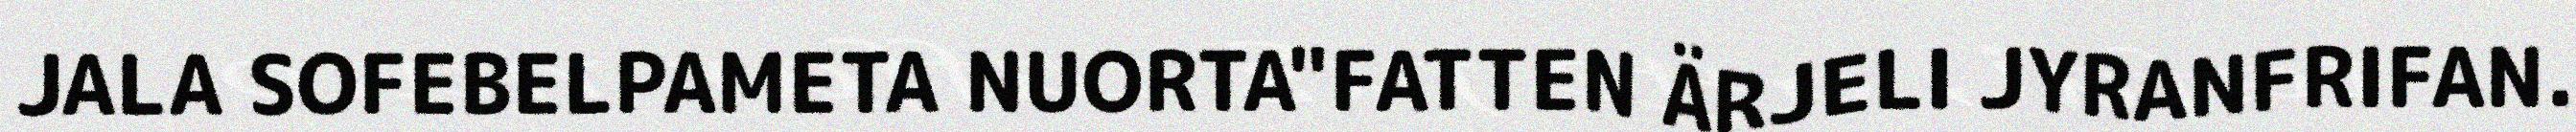
JALA SOFEBELPAMETA NUORTA"FATTEN ÄRJELI JYRANFRIFAN.